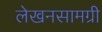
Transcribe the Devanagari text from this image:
लेखनसामग्री